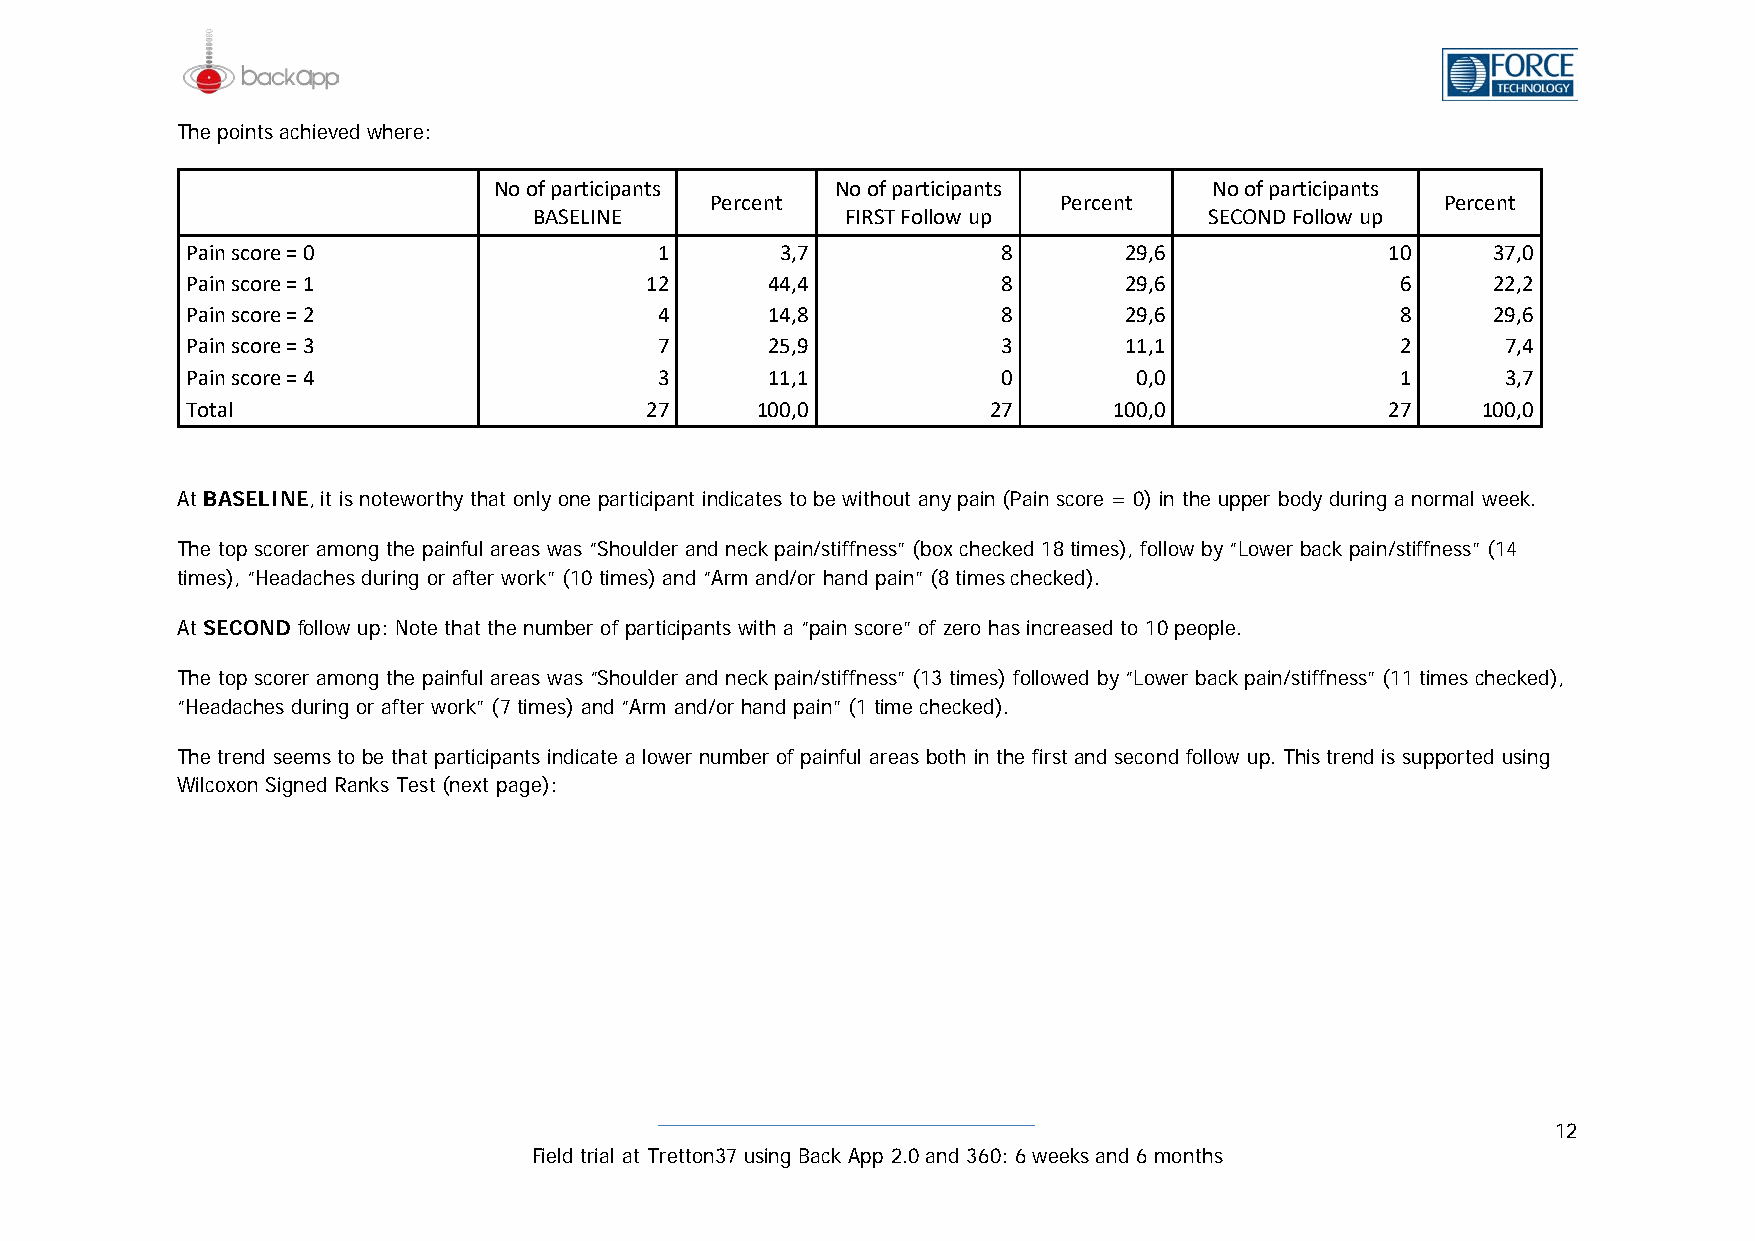
The points achieved where:
 No of participants    No of participants       No of participants
 Percent                Percent                   Percent
 BASELINE             FIRST Follow up         SECOND Follow up
 Pain score = 0                  1       3,7           8       29,6              10     37,0
 Pain score = 1                 12      44,4           8       29,6               6     22,2
 Pain score = 2                  4      14,8           8       29,6               8     29,6
 Pain score = 3                  7      25,9           3       11,1               2      7,4
 Pain score = 4                  3      11,1           0        0,0               1      3,7
 Total                          27     100,0          27       100,0             27    100,0
 At BASELINE, it is noteworthy that only one participant indicates to be without any pain (Pain score = 0) in the upper body during a normal week.
 The top scorer among the painful areas was “Shoulder and neck pain/stiffness” (box checked 18 times), follow by “Lower back pain/stiffness” (14
 times), “Headaches during or after work” (10 times) and “Arm and/or hand pain” (8 times checked).
 At SECOND follow up: Note that the number of participants with a “pain score” of zero has increased to 10 people.
 The top scorer among the painful areas was “Shoulder and neck pain/stiffness” (13 times) followed by “Lower back pain/stiffness” (11 times checked),
 “Headaches during or after work” (7 times) and “Arm and/or hand pain” (1 time checked).
 The trend seems to be that participants indicate a lower number of painful areas both in the first and second follow up. This trend is supported using
 Wilcoxon Signed Ranks Test (next page):
 12
 Field trial at Tretton37 using Back App 2.0 and 360: 6 weeks and 6 months